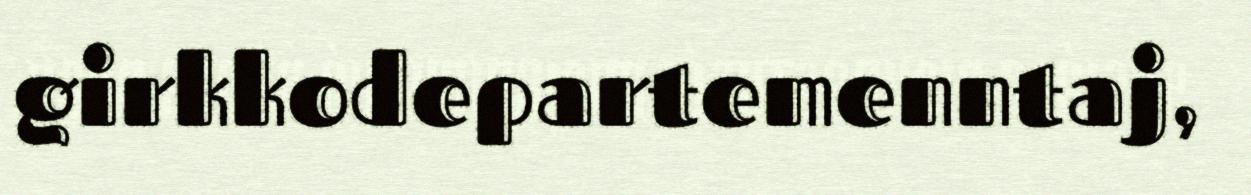
girkkodepartemenntaj,